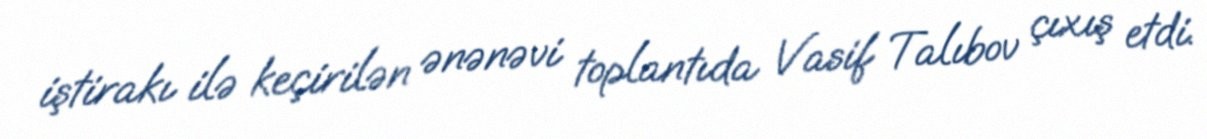
iştirakı ilə keçirilən ənənəvi toplantıda Vasif Talıbov çıxış etdi.